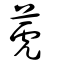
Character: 萀